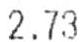
2.73